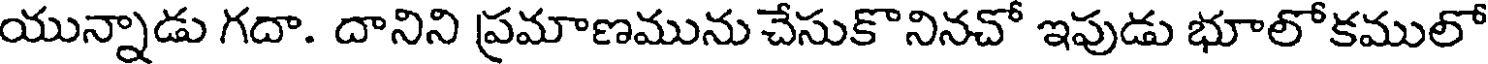
యున్నాడు గదా. దానిని ప్రమాణమును చేసుకొనినచో ఇపుడు భూలోకములో